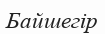
Байшегір